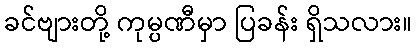
ခင်ဗျားတို့ ကုမ္ပဏီမှာ ပြခန်း ရှိသလား။